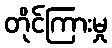
တိုင်ကြားမှု